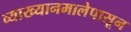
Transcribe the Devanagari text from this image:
व्याख्यानमालेपासून